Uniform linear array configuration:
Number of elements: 48
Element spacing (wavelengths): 0.75
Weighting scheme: hamming
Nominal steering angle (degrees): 0
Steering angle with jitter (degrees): -0.5271
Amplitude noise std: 0.05
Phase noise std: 0.05

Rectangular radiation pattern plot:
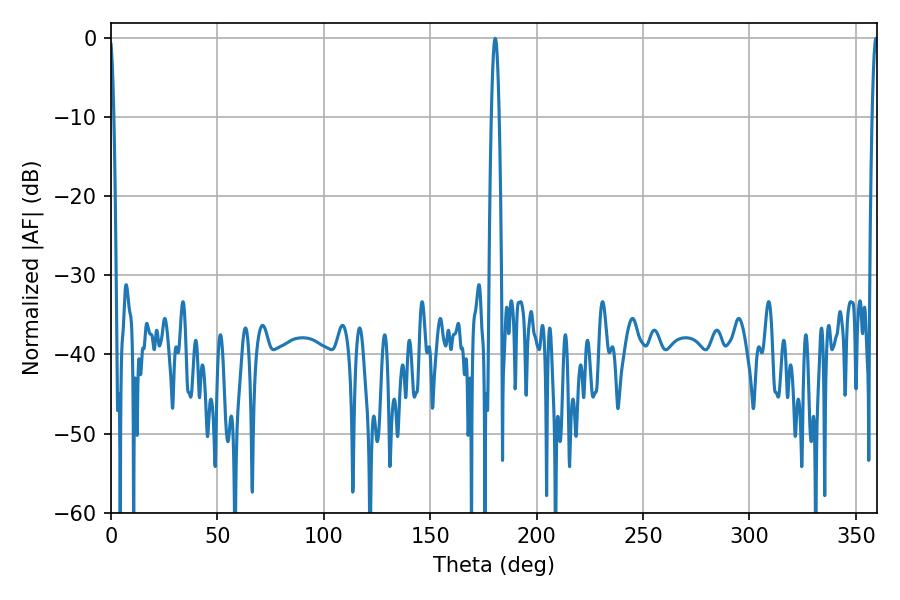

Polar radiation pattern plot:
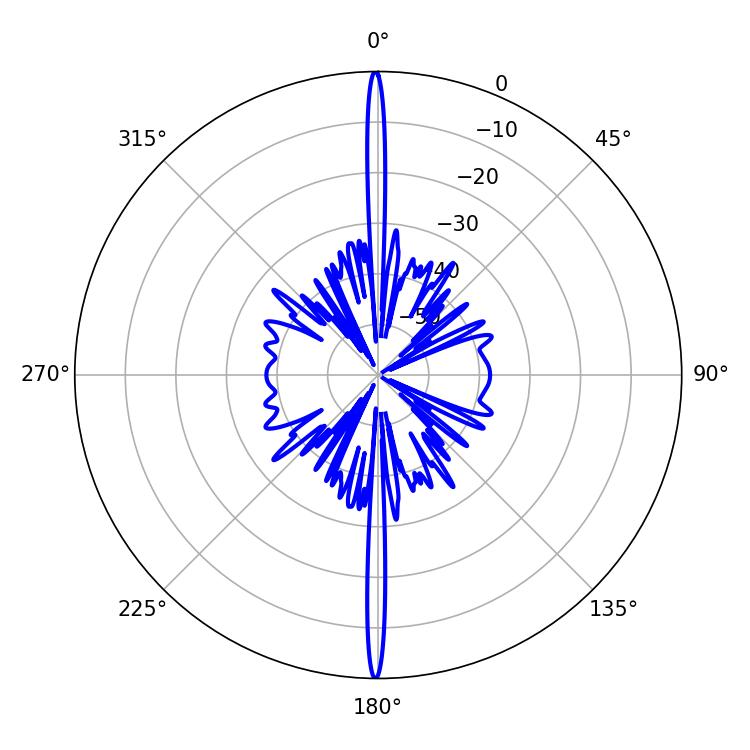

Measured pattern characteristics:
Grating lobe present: TRUE
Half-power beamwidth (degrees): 1.44
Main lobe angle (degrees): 359.46